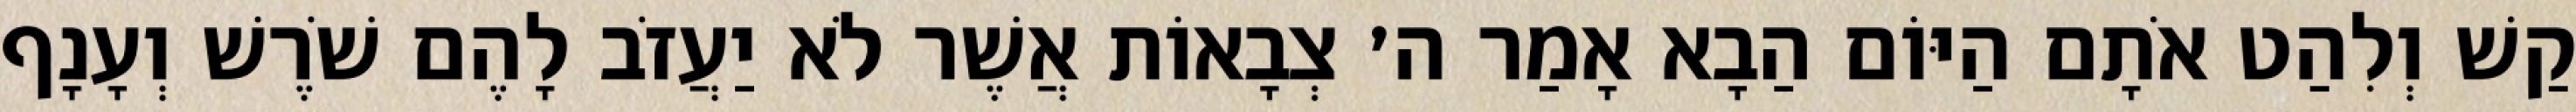
קַשׁ וְלִהַט אֹתָם הַיּוֹם הַבָא אָמַר ה׳ צְבָאוֹת אֲשֶׁר לֹא יַעֲזֹב לָהֶם שֹׁרֶשׁ וְעָנָף